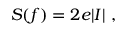
S ( f ) = 2 e \vert I \vert \ ,